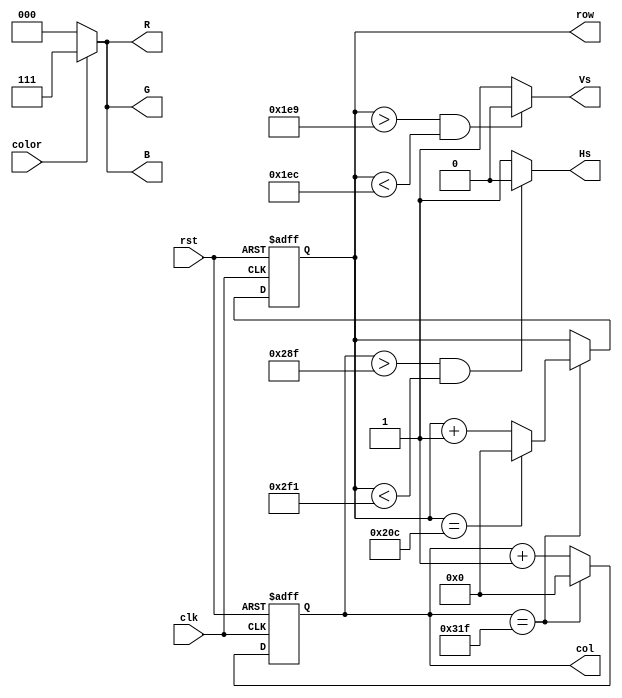
`timescale 1ns / 1ps
//////////////////////////////////////////////////////////////////////////////////
// Company: 
// Engineer: 
// 
// Design Name: 
// Module Name:    vga 
// Project Name: 
// Target Devices: 
// Tool versions: 
// Description: 
//
// Dependencies: 
//
// Revision: 
// Revision 0.01 - File Created
// Additional Comments: 
//
//////////////////////////////////////////////////////////////////////////////////
module vga(
    input clk,
    input rst,
    input color,
    output reg [10:0] col,
    output reg [10:0] row,
    output reg [2:0] R,
    output reg [2:0] G,
    output reg [2:0] B,
    output Hs,
    output Vs
    );

assign Hs = ((col > 655) && (row < 753)) ? 0 : 1;
assign Vs = ((row > 489) && (row < 492)) ? 0 : 1;


always @ (negedge clk or negedge rst) begin
	if (rst == 0) begin
		row <= 0;
		col <= 0;
	end
	else begin
		if (col == 799) begin
			if (row == 524) begin
				row <= 0;
			end
			else begin
				row <= row + 1;
			end
			col <= 0;
		end
		else begin
			col <= col + 1;
		end
	end
end

always @ (*) begin
	if (color == 1) begin
		R = 3'b111;
		G = 3'b111;
		B = 3'b111;
	end
	else begin
		R = 3'b000;
		G = 3'b000;
		B = 3'b000;
	end
end

endmodule